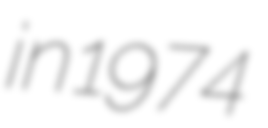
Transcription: in 1974